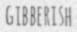
GIBBERISH